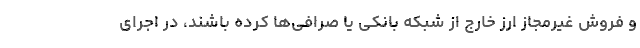
و فروش غیرمجاز ارز خارج از شبکه بانکی یا صرافی‌ها کرده باشند، در اجرای